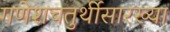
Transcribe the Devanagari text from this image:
गणेशचतुर्थीसारख्या